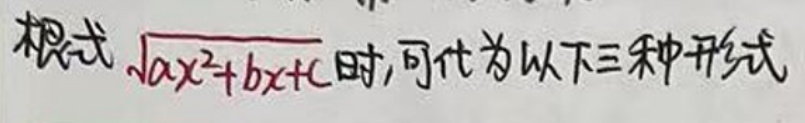
根式\(\sqrt{ax^{2}+bx + c}\)时，可化为以下三种形式